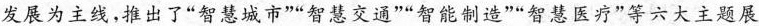
发展为主线，推出了”智慧城市””智慧交通””智能制造””智慧医疗”等六大主题展